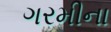
ગરમીના